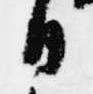
日